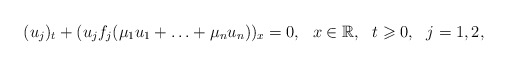
\begin{align*}(u_j)_t+(u_jf_j(\mu_1 u_1+\ldots+\mu_n u_n))_x=0, \ \ x\in\mathbb{R}, \ \ t \geqslant 0, \ \ j=1, 2,\end{align*}